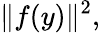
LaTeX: \| f(y)\| ^{2},